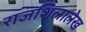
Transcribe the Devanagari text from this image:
राजशिलालेख